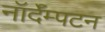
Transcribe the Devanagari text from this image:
नॉर्दॅम्पटन